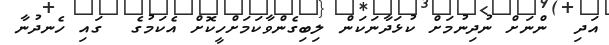
އަދި  ންނަށް ނުދިނުމަށް ކުޅަދާނަކަން ލިބިގެންވާކަމަށްހީކޮށް އެކަމުގެ  ގައި ހެނދުނާ